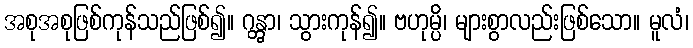
အစုအစုဖြစ်ကုန်သည်ဖြစ်၍။ ဂန္တွာ၊ သွားကုန်၍။ ဗဟုမ္ပိ၊ များစွာလည်းဖြစ်သော။ မူလံ၊